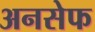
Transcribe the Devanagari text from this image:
अनसेफ